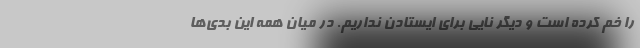
را خم کرده است و دیگر نایی برای ایستادن نداریم. در میان همه این بدی‌ها